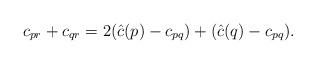
LaTeX: \begin{gather*}c_{pr}+c_{qr}=2(\hat c(p)-c_{pq})+(\hat c(q)-c_{pq}).\end{gather*}